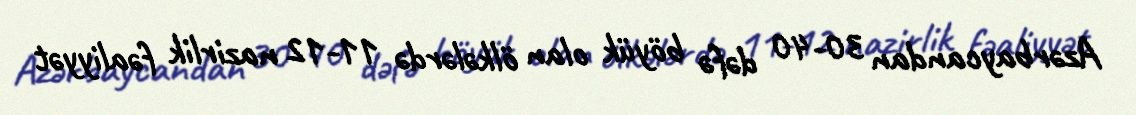
Azərbaycandan 30-40 dəfə böyük olan ölkələrdə 11-12 nazirlik fəaliyyət